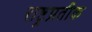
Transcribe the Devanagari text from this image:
राष्ट्रप्रतीक